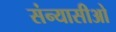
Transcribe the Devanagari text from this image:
संन्यासीओ